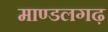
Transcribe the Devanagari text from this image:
माण्डलगढ़